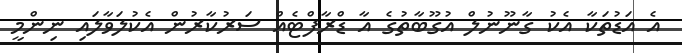
އެ އަޑުތަކާ އެކު ގާނޫނުލް އުގޫބާތުގެ އާ ޑްރާފްޓެއް ސަރުކާރުން އެކުލަވާލައި ނިންމީ